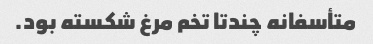
متأسفانه چندتا تخم مرغ شکسته بود.